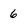
Character: 6